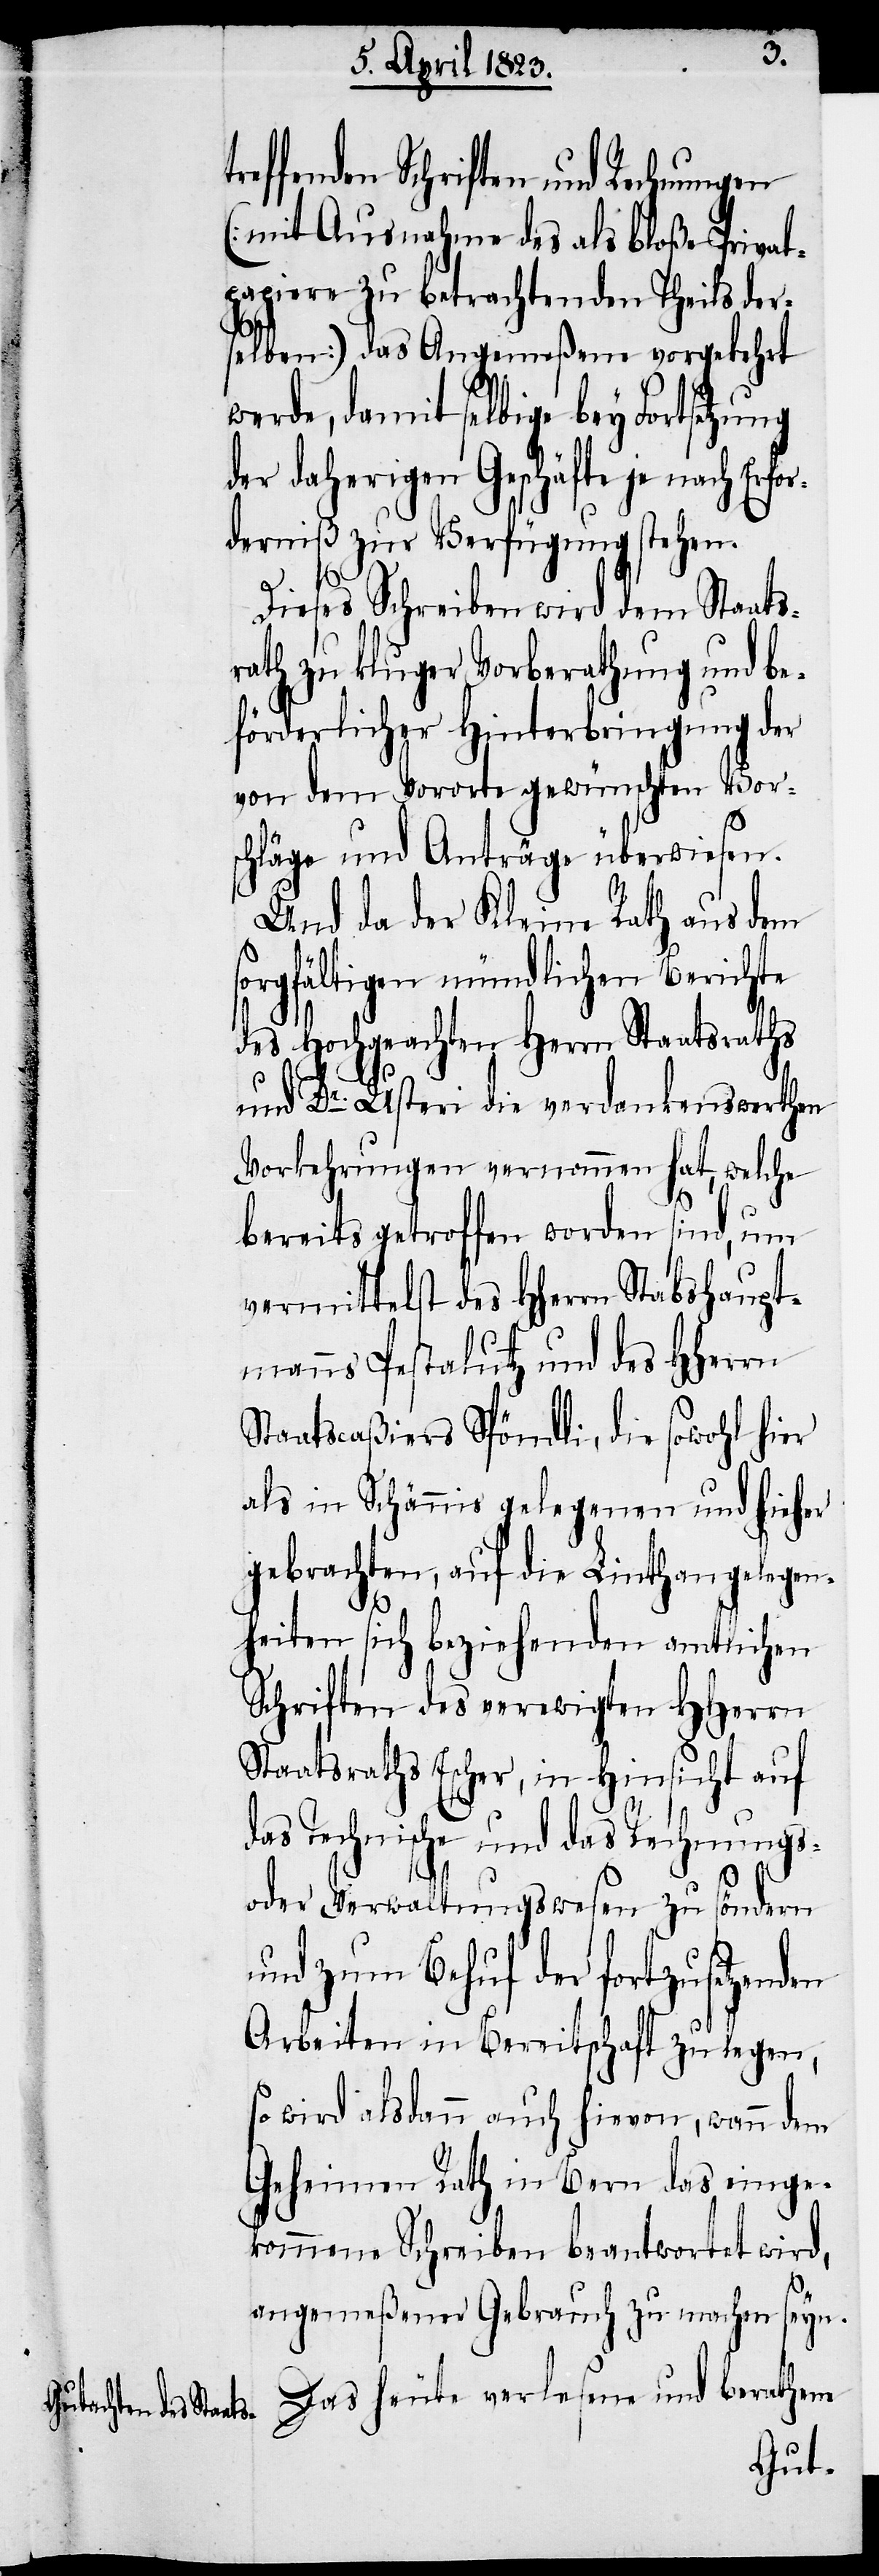
reffenden Schriften und Rechnungen
(mit Ausnahme des als bloße Privat¬
papiere zu betrachtenden Theils der¬
selben) das Angemeßene vorgekehrt
werde, damit selbige bey Fortsetzung
der daherigen Geschäfte je nach Er¬
derniß zur Verfügung stehen.
Dieses Schreiben wird dem Staats¬
rath zu kluger Vorberathung und be¬
förderlicher Hinterbringung der
von dem Vororte gewünschten Vor¬
schläge und Anträge überwiesen.
Und da der Kleine Rath aus dem
orgfältigen mündlichen Berichte
des Hochgeachten Herrn Staatsraths
und Dr. Usteri die verdankenswerthen
Vorkehrungen vernommen hat, welche
for¬
bereits getroffen worden sind, um
vermittelst des Hherrn Stabshaupt¬
manns Pestalutz und des HHerrn
Staatscaßiers Spöndli, die sowohl hier
als in Schännis gelegenen und hieher
gebrachten, auf die Linthangelegen¬
s¬
heiten sich beziehenden amtlichen
Schriften des verewigten HHerrn
Staatsraths Escher, in Hinsicht auf
das Technische und das Rechnungs-
oder Verwaltungswesen zu söndern
und zum Behuf der fortzusetzenden
Arbeiten in Bereitschaft zu legen,
so wird alsdann auch hievon, wann dem
Geheimen Rath in Bern das einge¬
kommene Schreiben beantwortet wird,
angemeßener Gebrauch zu machen seyn.
Das heute verlesene und berathene